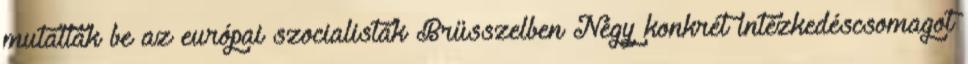
mutattak be az európai szocialisták Brüsszelben Négy konkrét intézkedéscsomagot